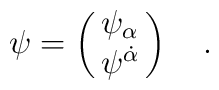
\psi=\left(\matrix{ \psi_\alpha \cr \psi^{\dot\alpha} }\right) ~~~.